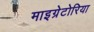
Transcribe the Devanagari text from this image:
माइग्रेटोरिया